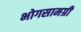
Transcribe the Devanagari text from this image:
भोगसामग्री